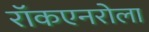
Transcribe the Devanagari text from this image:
रॉकएनरोला